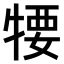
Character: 𤚘